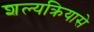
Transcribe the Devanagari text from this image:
शल्यक्रियासे